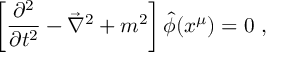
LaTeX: \left[ \frac { \partial ^ { 2 } } { \partial t ^ { 2 } } - \vec { \nabla } ^ { 2 } + m ^ { 2 } \right] \hat { \phi } ( x ^ { \mu } ) = 0 \ ,